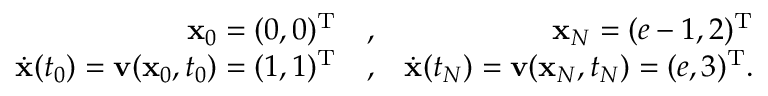
\begin{array} { r l r } { { \mathbf x } _ { 0 } = ( 0 , 0 ) ^ { { \mathrm T } } } & { , } & { { \mathbf x } _ { N } = ( e - 1 , 2 ) ^ { { \mathrm T } } } \\ { \dot { { \mathbf x } } ( t _ { 0 } ) = { \mathbf v } ( { \mathbf x } _ { 0 } , t _ { 0 } ) = ( 1 , 1 ) ^ { { \mathrm T } } } & { , } & { \dot { { \mathbf x } } ( t _ { N } ) = { \mathbf v } ( { \mathbf x } _ { N } , t _ { N } ) = ( e , 3 ) ^ { { \mathrm T } } . } \end{array}